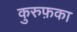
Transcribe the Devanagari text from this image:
कुरुफ़का